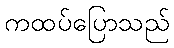
ကထပ်ပြောသည်